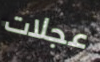
عجلات